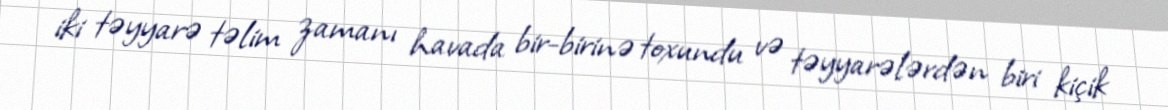
iki təyyarə təlim zamanı havada bir-birinə toxundu və təyyarələrdən biri kiçik